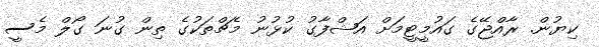
ކިޔުން. ރާއްޖޭގެ ގައުމީޓީމަށް އަޝްފާގު ކުޅުނު މެޗްތަކުގެ ތިން ގުނަ ގޯލް މެސީ